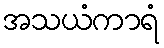
အသယံကာရံ